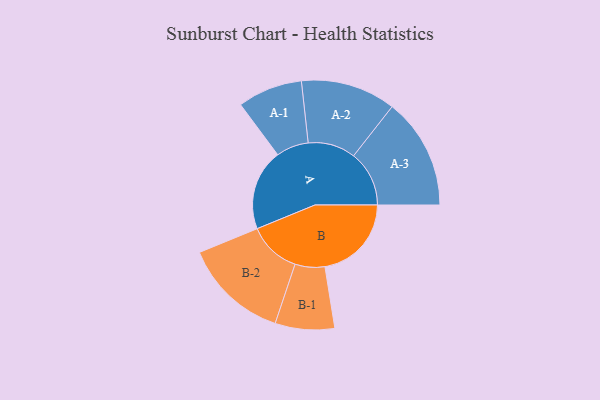
{"axis": {"x": "Segment", "y": "Value"}, "legend": ["", "A", "B"], "data": [{"x": "A", "y": 382, "type": ""}, {"x": "B", "y": 408, "type": ""}, {"x": "A-1", "y": 153, "type": "A"}, {"x": "A-2", "y": 224, "type": "A"}, {"x": "A-3", "y": 262, "type": "A"}, {"x": "B-1", "y": 140, "type": "B"}, {"x": "B-2", "y": 248, "type": "B"}]}